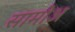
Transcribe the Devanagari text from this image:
सामोअ